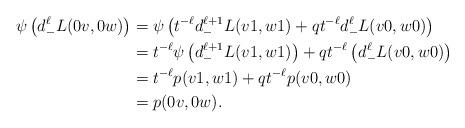
LaTeX: \begin{align*}\psi\left( d_-^{\ell} L(0v, 0w) \right) &= \psi\left( t^{-\ell}d_{-}^{\ell+1} L(v1, w1) + qt^{-\ell}d_-^{\ell}L(v0, w0) \right) \\&= t^{-\ell} \psi\left(d_{-}^{\ell+1} L(v1, w1) \right) + qt^{-\ell} \left( d_-^{\ell}L(v0, w0) \right) \\&= t^{-\ell} p(v1, w1) + qt^{-\ell} p(v0, w0) \\&= p(0v, 0w). \end{align*}